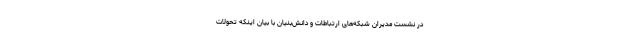
در نشست مدیران شبکه‌های ارتباطات و دانش‌بنیان با بیان اینکه تحولات